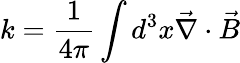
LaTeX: k=\frac{1}{4\pi}\int d^{3}x\vec{\nabla}\cdot\vec{B}